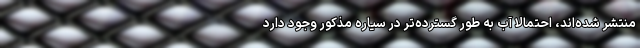
منتشر شده‌اند، احتمالاً آب به طور گسترده‌تر در سیاره مذکور وجود دارد